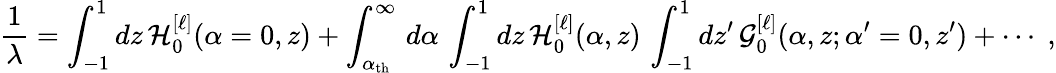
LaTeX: {\frac{1}{\lambda}}=\int_{-1}^{1}dz\, {\cal H}_{0}^{[\ell]}(\alpha=0,z)+\int_{\alpha_{\mathrm{th}}}^{\infty}\, d\alpha\, \int_{-1}^{1}dz\, {\cal H}_{0}^{[\ell]}(\alpha,z)\, \int_{-1}^{1}dz^{\prime}\, {\cal G}_{0}^{[\ell]}(\alpha,z;\alpha^{\prime}=0,z^{\prime})+\cdots\; ,